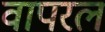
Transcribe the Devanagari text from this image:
वापरलं